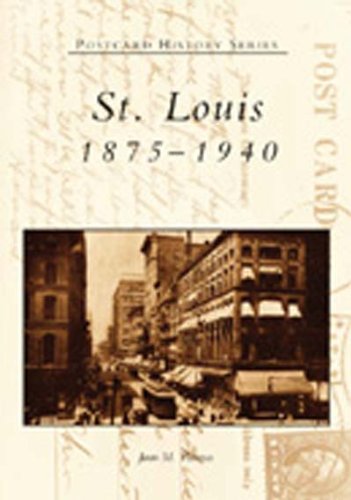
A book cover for St. Louis:  1875-1940  (MO)  (Postcard History Series); Joan M. Thomas; Travel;